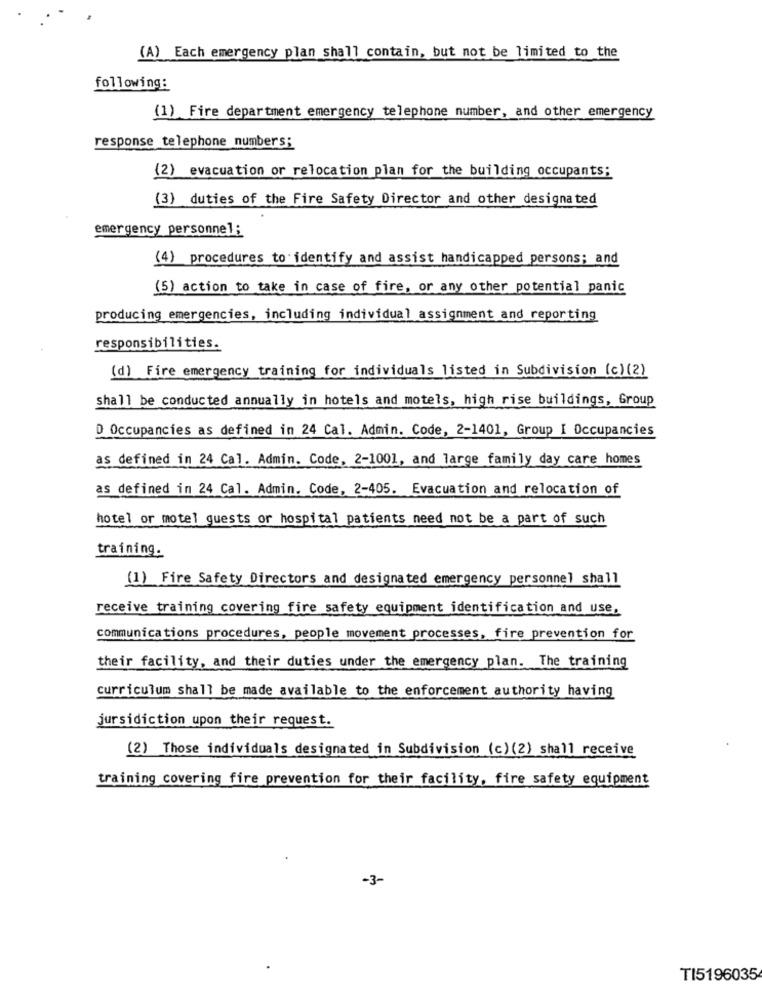
(A) Each emergency plan shall contain, but not be limited to the
following:
(1) Fire department emergency telephone number, and other emergency
response telephone numbers;
(2) evacuation or relocation plan for the building occupants:
(3) duties of the Fire Safety Director and other designated
emergency personnel ;
(4) procedures to identify and assist handicapped persons; and
(5) action to take in case of fire, or any other potential panic
producing emergencies, including individual assignment and reporting
responsibilities.
(d) Fire emergency training for individuals listed in Subdivision (c) (2)
shall be conducted annually in hotels and motels, high rise buildings, Group
D Occupancies as defined in 24 Cal. Admin. Code, 2-1401, Group I Occupancies
as defined in 24 Cal. Admin. Code, 2-1001, and large family day care homes
as defined in 24 Cal. Admin. Code, 2-405. Evacuation and relocation of
hotel or motel guests or hospital patients need not be a part of such
training.
(1) Fire Safety Directors and designated emergency personnel shall
receive training covering fire safety equipment identification and use,
communications procedures, people movement processes, fire prevention for
their facility, and their duties under the emergency plan. The training
curriculum shall be made available to the enforcement authority having
jursidiction upon their request.
(2) Those individuals designated in Subdivision (c) (2) shall receive
training covering fire prevention for their facility, fire safety equipment
-3-
TI5196035